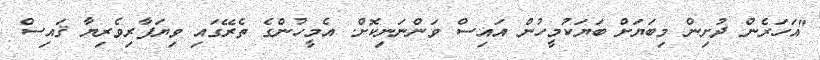
"އަހަރެން ދުށިން މިބަޔަށް ބަޔަކުމީހުން އައިސް ވަންނަނިކޮށް. އެމީހުންގެ ތެރޭގައި ވިޔަފާރިވެރިޔާ ޤައިސް